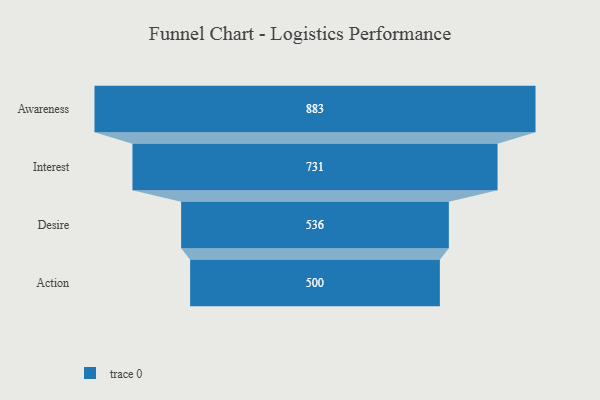
{"axis": {"x": "Stage", "y": "Value"}, "legend": [""], "data": [{"x": "Awareness", "y": 883.0, "type": ""}, {"x": "Interest", "y": 731.0, "type": ""}, {"x": "Desire", "y": 536.0, "type": ""}, {"x": "Action", "y": 500, "type": ""}]}